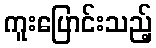
ကူးပြောင်းသည့်